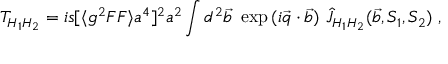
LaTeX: T _ { H _ { 1 } H _ { 2 } } = i s [ \langle g ^ { 2 } F F \rangle a ^ { 4 } ] ^ { 2 } a ^ { 2 } \int d ^ { 2 } \vec { b } ~ \exp { ( i \vec { q } \cdot \vec { b } ) } ~ \widehat J _ { H _ { 1 } H _ { 2 } } ( \vec { b } , S _ { 1 } , S _ { 2 } ) ~ ,